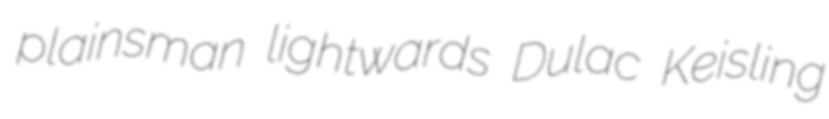
plainsman lightwards Dulac Keisling